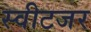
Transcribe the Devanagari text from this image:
स्वीटजर